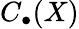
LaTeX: C_{\bullet}(X)